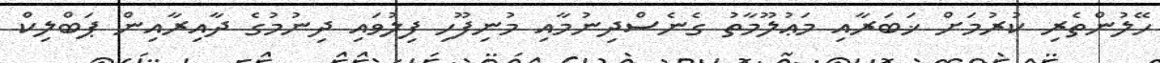
ހޭލުންތެރި ކުރުމަށް ޚަބަރާއި މަޢުލޫމާތު ގެނެސްދިނުމާއި މުނިފޫހި ފިލުވައި ދިނުމުގެ ދާއިރާއިން ޕަބްލިކް